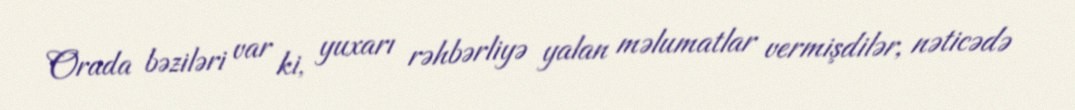
Orada bəziləri var ki, yuxarı rəhbərliyə yalan məlumatlar vermişdilər, nəticədə